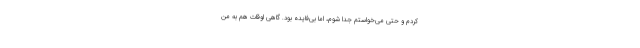
کردم و حتی می‌خواستم جدا شوم، اما بی‌فایده بود. گاهی اوقات هم به من